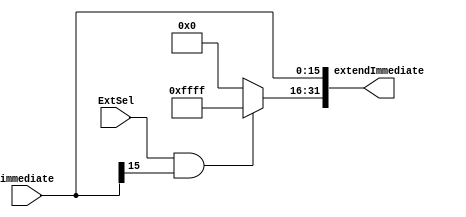
`timescale 1ns / 1ps
//////////////////////////////////////////////////////////////////////////////////
// Company: 
// Engineer: 
// 
// Design Name: 
// Module Name: SignExtend
// Project Name: 
// Target Devices: 
// Tool Versions: 
// Description: 
// 
// Dependencies: 
// 
// Revision:
// Revision 0.01 - File Created
// Additional Comments:
// 
//////////////////////////////////////////////////////////////////////////////////


module SignExtend(immediate,ExtSel,extendImmediate);
    input [15:0] immediate;
    input ExtSel;
    output [31:0] extendImmediate;
    assign extendImmediate = {ExtSel&&immediate[15]?16'hffff:16'h0000,immediate};//
endmodule